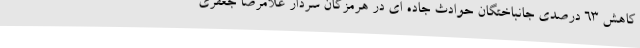
کاهش 63 درصدی جانباختگان حوادث جاده ای در هرمزگان سردار غلامرضا جعفری